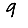
Digit: 9